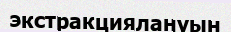
экстракциялануын